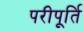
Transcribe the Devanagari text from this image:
परीपूर्ति